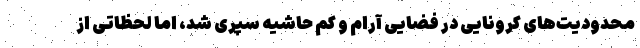
محدودیت‌های کرونایی در فضایی آرام و کم حاشیه سپری شد، اما لحظاتی از